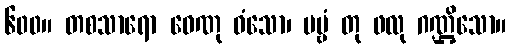
၆၀၀။ တစသာရော ဝေဏု ဝံသော၊ ပဗ္ဗံ တု ဖလု ဂဏ္ဌိသော။